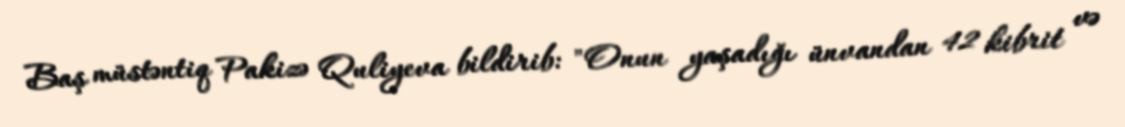
Baş müstəntiq Pakizə Quliyeva bildirib: "Onun yaşadığı ünvandan 42 kibrit və